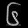
Digit: ၆